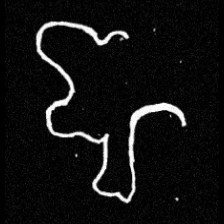
Pyu character \u2014 Myanmar letter: ဈ (romanized: jha)